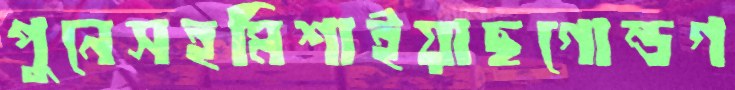
পুনেসহমিশাইয়াছগোন্ডগ